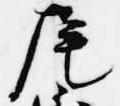
尾